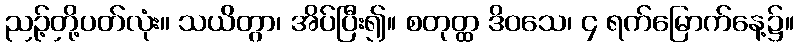
ညဉ့်တို့ပတ်လုံး။ သယိတွာ၊ အိပ်ပြီး၍။ စတုတ္ထ ဒိဝသေ၊ ၄ ရက်မြောက်နေ့၌။